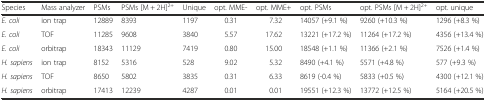
<table><thead><tr><td><b>Species</b></td><td><b>Mass analyzer</b></td><td><b>PSMs</b></td><td><b>PSMs [M + 2H]<sup>2+</sup></b></td><td><b>Unique</b></td><td><b>opt. MME-</b></td><td><b>opt. MME+</b></td><td><b>opt. PSMs</b></td><td><b>opt. PSMs [M + 2H]<sup>2+</sup></b></td><td><b>opt. unique</b></td></tr></thead><tbody><tr><td><i>E. coli</i></td><td>ion trap</td><td>12889</td><td>8393</td><td>1197</td><td>0.31</td><td>7.32</td><td>14057 (+9.1 %)</td><td>9260 (+10.3 %)</td><td>1296 (+8.3 %)</td></tr><tr><td><i>E. coli</i></td><td>TOF</td><td>11285</td><td>9608</td><td>3840</td><td>5.57</td><td>17.62</td><td>13221 (+17.2 %)</td><td>11264 (+17.2 %)</td><td>4356 (+13.4 %)</td></tr><tr><td><i>E. coli</i></td><td>orbitrap</td><td>18343</td><td>11129</td><td>7419</td><td>0.80</td><td>15.00</td><td>18548 (+1.1 %)</td><td>11366 (+2.1 %)</td><td>7526 (+1.4 %)</td></tr><tr><td><i>H. sapiens</i></td><td>ion trap</td><td>8152</td><td>5316</td><td>528</td><td>9.02</td><td>5.32</td><td>8490 (+4.1 %)</td><td>5571 (+4.8 %)</td><td>577 (+9.3 %)</td></tr><tr><td><i>H. sapiens</i></td><td>TOF</td><td>8650</td><td>5802</td><td>3835</td><td>0.31</td><td>6.33</td><td>8619 (-0.4 %)</td><td>5833 (+0.5 %)</td><td>4300 (+12.1 %)</td></tr><tr><td><i>H. sapiens</i></td><td>orbitrap</td><td>17413</td><td>12239</td><td>4287</td><td>0.01</td><td>0.01</td><td>19551 (+12.3 %)</td><td>13772 (+12.5 %)</td><td>5164 (+20.5 %)</td></tr></tbody></table>